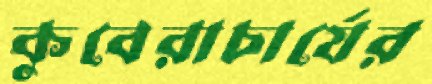
কুবেরাচার্যের